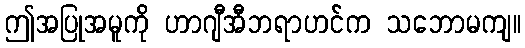
ဤအပြုအမူကို ဟာဂျီအီဘရာဟင်က သဘောမကျ။